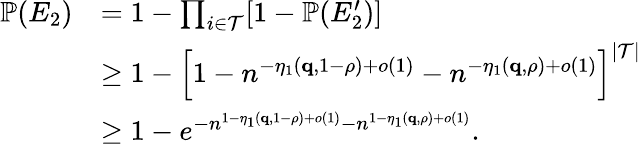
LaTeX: \begin{array}{rl}{{\mathbb P}(E_{2})}&{=1-\prod_{i\in\mathcal{T}}[1-{\mathbb P}(E_{2}^{\prime})]}\\ &{\geq 1-\Big[1-n^{-\eta_{1}(\mathbf{q},1-\rho)+o(1)}-n^{-\eta_{1}(\mathbf{q},\rho)+o(1)}\Big]^{|\mathcal{T}|}}\\ &{\geq 1-e^{-n^{1-\eta_{1}(\mathbf{q},1-\rho)+o(1)}-n^{1-\eta_{1}(\mathbf{q},\rho)+o(1)}}.}\end{array}